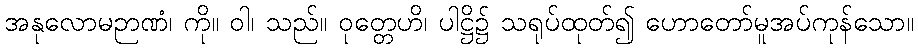
အနုလောမဉာဏံ၊ ကို။ ဝါ၊ သည်။ ဝုတ္တေဟိ၊ ပါဋ္ဌိ၌ သရုပ်ထုတ်၍ ဟောတော်မူအပ်ကုန်သော။